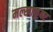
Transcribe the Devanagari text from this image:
मल्खाकुवर